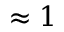
\approx 1